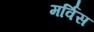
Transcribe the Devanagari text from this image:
मर्विस